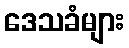
ဒေသခံများ